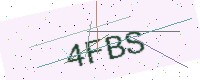
Text: 4FBS